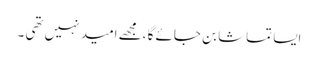
ایسا تماشا بن جائے گا ،مجھے امید نہیں تھی ۔